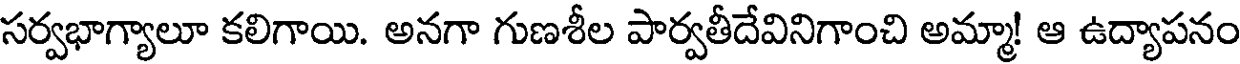
సర్వభాగ్యాలూ కలిగాయి. అనగా గుణశీల పార్వతీదేవినిగాంచి అమ్మా! ఆ ఉద్యాపనం